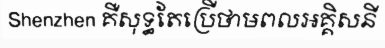
Shenzhen គឺសុទ្ធតែប្រើថាមពលអគ្គិសនី